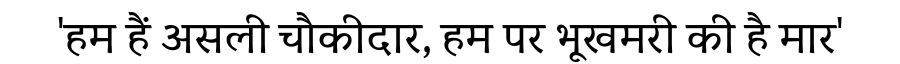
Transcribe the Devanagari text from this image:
'हम हैं असली चौकीदार, हम पर भूखमरी की है मार'